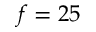
f = 2 5